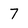
Character: 7